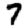
Digit: 7